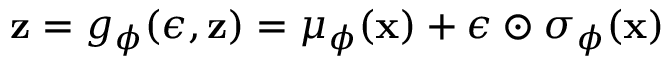
\mathbf { z } = g _ { \phi } ( \epsilon , \mathbf { z } ) = \mu _ { \phi } ( \mathbf { x } ) + \epsilon \odot \sigma _ { \phi } ( \mathbf { x } )